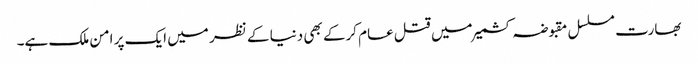
بھارت مسلسل مقبوضہ کشمیر میں قتل عام کرکے بھی دنیا کے نظر میں ایک پر امن ملک ہے۔